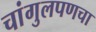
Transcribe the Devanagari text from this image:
चांगुलपणचा